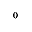
_ 0